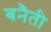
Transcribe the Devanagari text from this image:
बनैती